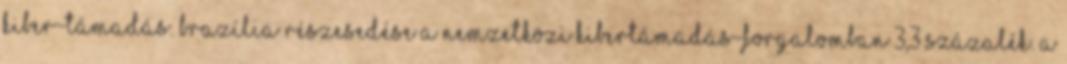
kiber-támadás. Brazília részesedése a nemzetközi kibertámadás-forgalomban 3,3 százalék. A